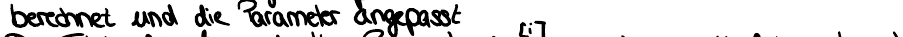
berechnet und die Parameter angepasst